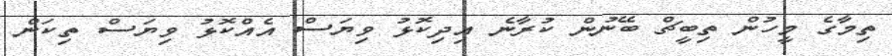
ތިމާގެ މީހުން ތިބީޗް ބޭނުން ކުރާނެ އިދިކޮޅު ވިޔަސް އެއްކޮޅު ވިޔަސް ތިކަން